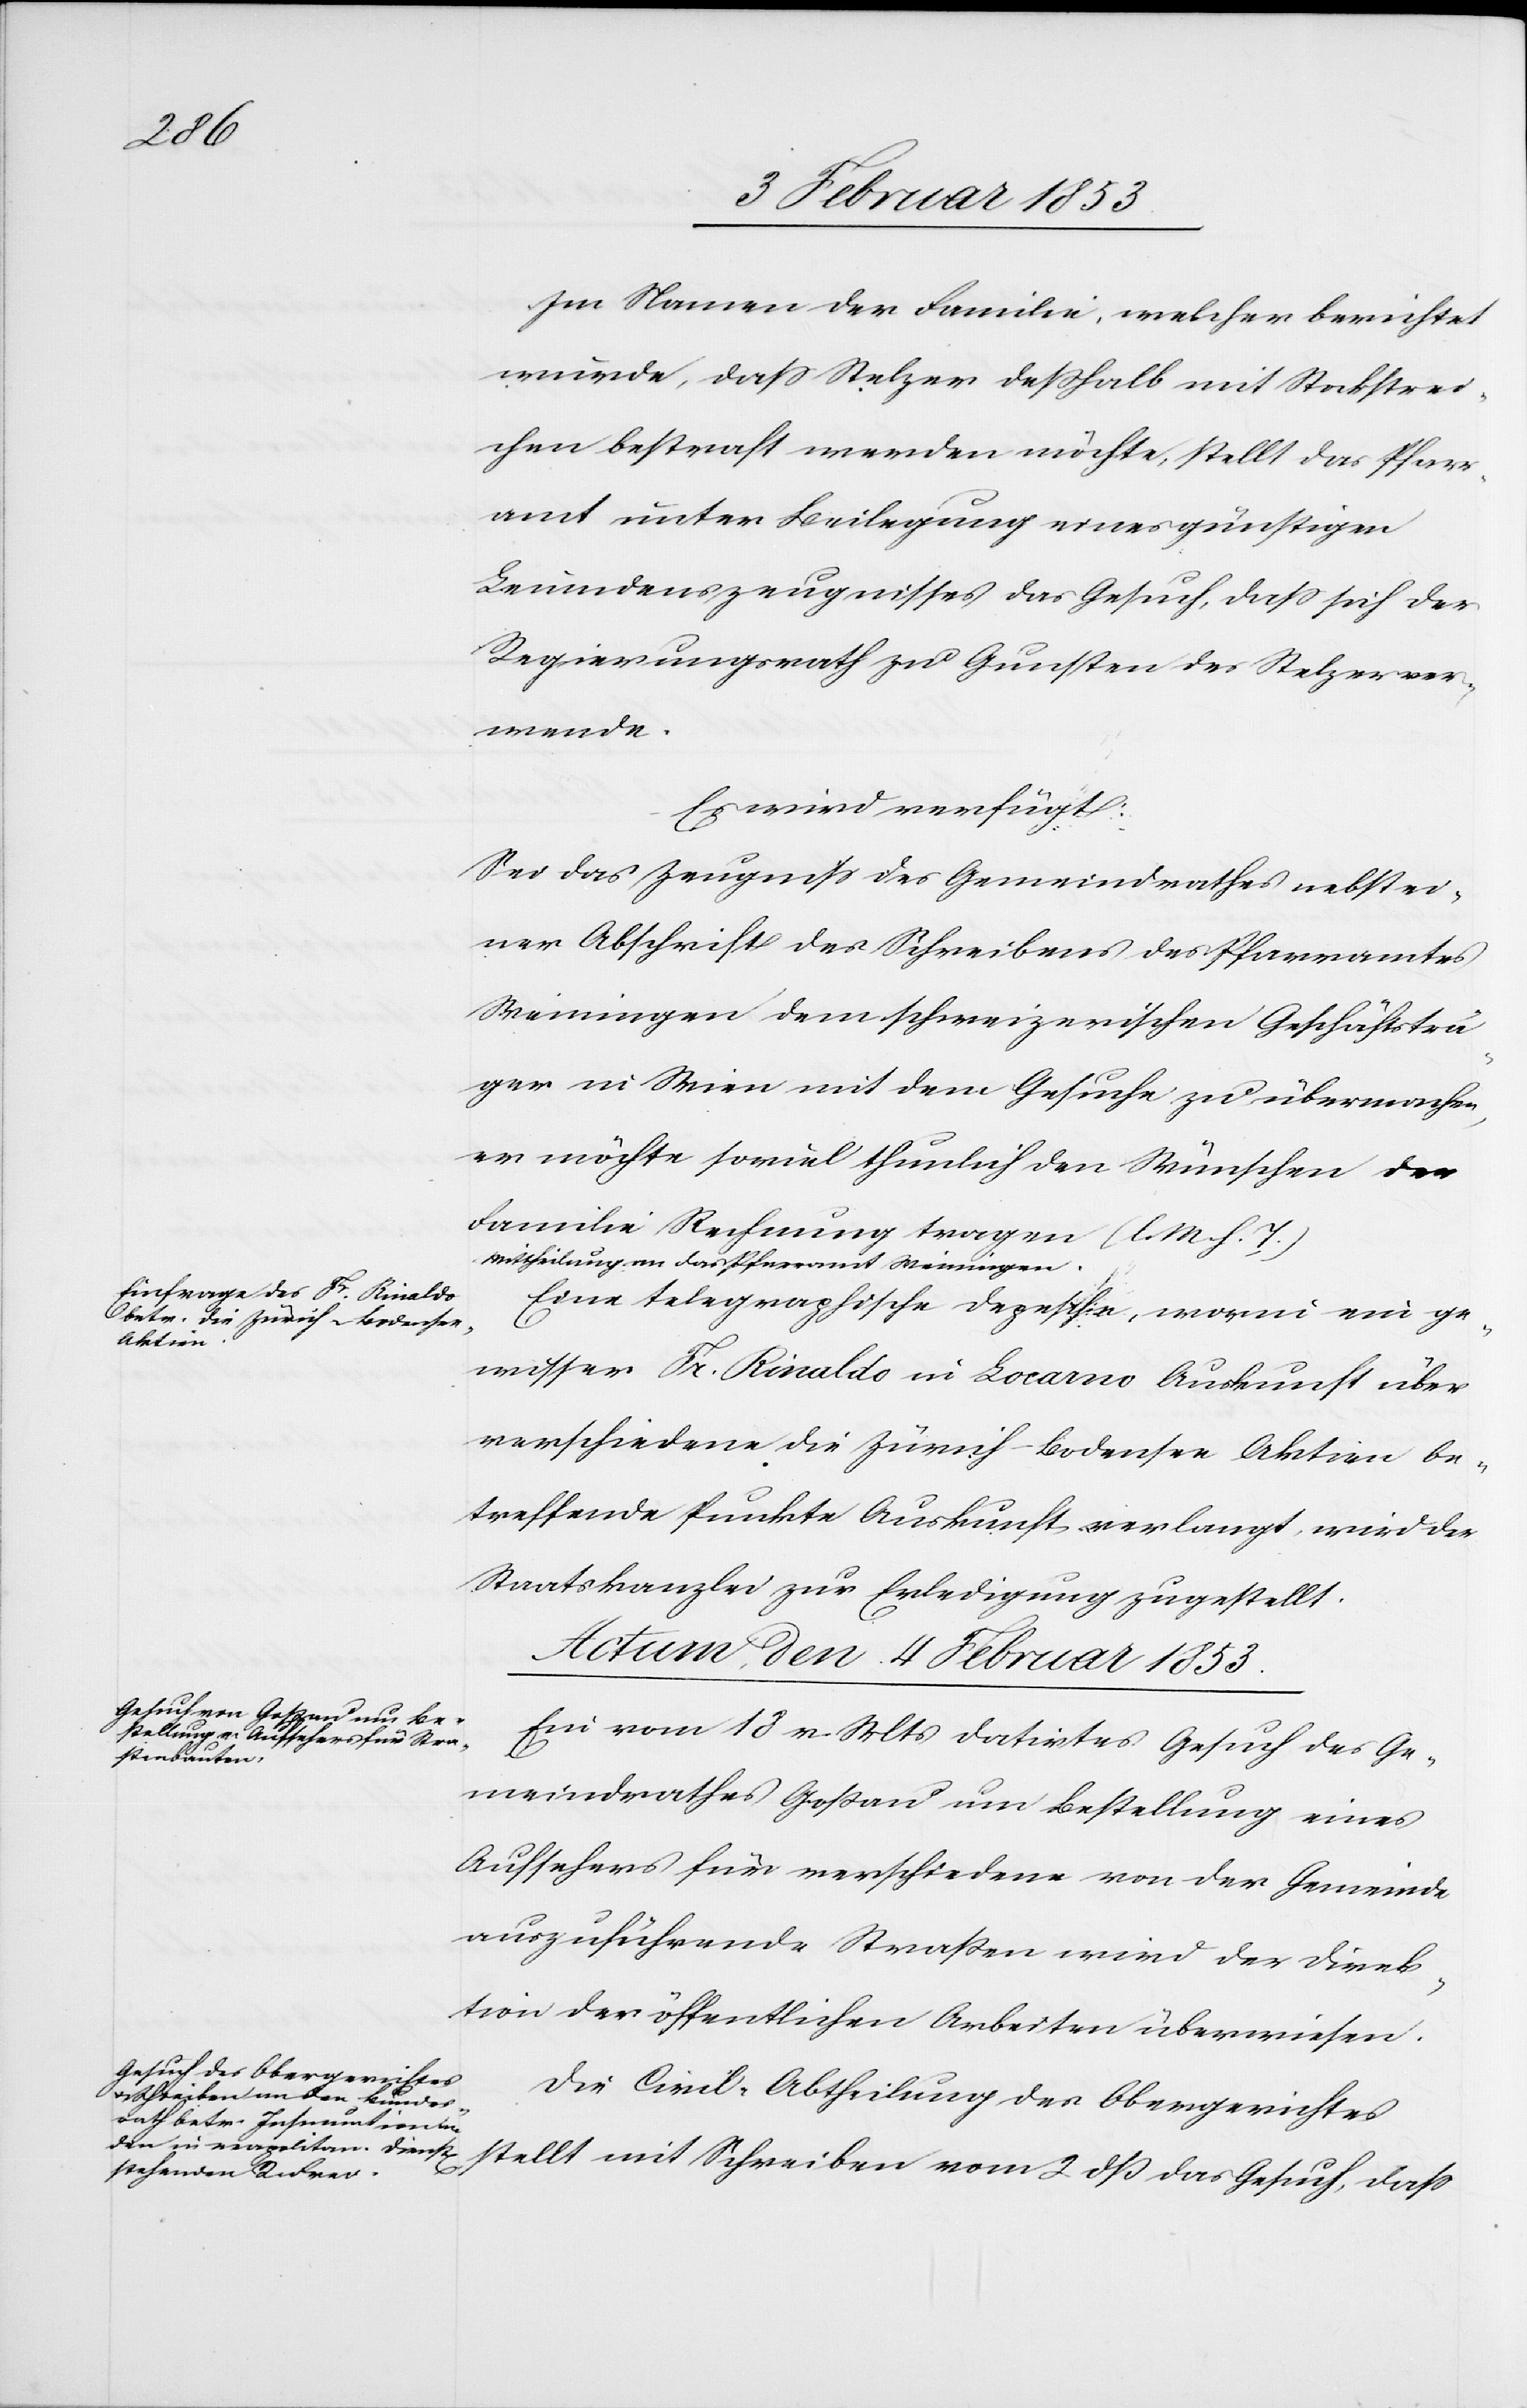
4 Februar 1853]
Im Namen der Familie, welcher berichtet
wurde, daß Stelzer deßhalb mit Stockstrei¬
chen bestraft werden möchte, stellt das Pfarr¬
amt unter Beilegung einer günstigen
Leumundszeugnisses das Gesuch, daß sich der
Regierungsrath zu Gunsten des Stelzer ver¬
wende.
Es wird verfügt:
Sei das Zeugniß des Gemeindrathes nebst ei¬
ner Abschrift des Schreibens des Pfarramtes
Weiningen dem schweizerischen Geschäftsträ¬
ger in Wien mit dem Gesuche zu übermachen,
er möchte soviel thunlich den Wünschen
Familie Rechnung tragen [l. M. h. T]
Mittheilung an das Pfarramt Weiningen.
Eine telegraphische Depesche, worin ein ge¬
wisser Fr. Rivaldo in Locarno Auskunft über
verschiedene die Zürich-Bodensee Aktien be¬
treffende Punkte Auskunft [sic!] verlangt wird der
Staatskanzlei zur Erledigung zugestellt.
Actum den 4 Februar 1853
Ein vom 18 v. Mts. datirtes Gesuch des Ge¬
meindrathes Goßau um Bestellung eines
Aufsehers für verschiedene von der Gemeinde
auszuführende Straßen wird der Direk¬
tion der öffentlichen Arbeiten überwiesen.
Die Civil-Abtheilung des Obergerichtes
stellt mit Schreiben vom 2 dß das Gesuch, daß